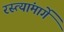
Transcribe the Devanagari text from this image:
रस्त्यांमार्गे